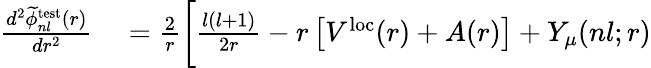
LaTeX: \begin{array}{rl}{\frac{d^{2}\widetilde{\phi}_{nl}^{\mathrm{test}}(r)}{dr^{2}}}&{{}=\frac{2}{r}\bigg[\frac{l(l+1)}{2r}-r\left[V^{\mathrm{loc}}(r)+A(r)\right]+Y_{\mu}(nl;r)}\end{array}